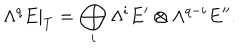
\Lambda ^ { q } E | _ { T } = \bigoplus _ { i } \Lambda ^ { i } E ^ { \prime } \otimes \Lambda ^ { q - i } E ^ { \prime \prime } .